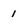
Character: 1